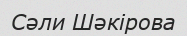
Сәли Шәкірова